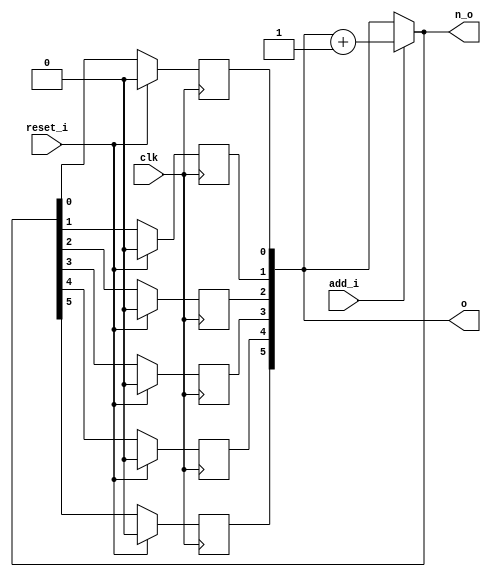
module bsg_circular_ptr_slots_p64_max_add_p1
(
  clk,
  reset_i,
  add_i,
  o,
  n_o
);

  input [0:0] add_i;
  output [5:0] o;
  output [5:0] n_o;
  input clk;
  input reset_i;
  wire [5:0] o,n_o,genblk1_genblk1_ptr_r_p1;
  wire N0,N1,N2;
  reg o_5_sv2v_reg,o_4_sv2v_reg,o_3_sv2v_reg,o_2_sv2v_reg,o_1_sv2v_reg,o_0_sv2v_reg;
  assign o[5] = o_5_sv2v_reg;
  assign o[4] = o_4_sv2v_reg;
  assign o[3] = o_3_sv2v_reg;
  assign o[2] = o_2_sv2v_reg;
  assign o[1] = o_1_sv2v_reg;
  assign o[0] = o_0_sv2v_reg;

  always @(posedge clk) begin
    if(reset_i) begin
      o_5_sv2v_reg <= 1'b0;
    end else if(1'b1) begin
      o_5_sv2v_reg <= n_o[5];
    end 
  end


  always @(posedge clk) begin
    if(reset_i) begin
      o_4_sv2v_reg <= 1'b0;
    end else if(1'b1) begin
      o_4_sv2v_reg <= n_o[4];
    end 
  end


  always @(posedge clk) begin
    if(reset_i) begin
      o_3_sv2v_reg <= 1'b0;
    end else if(1'b1) begin
      o_3_sv2v_reg <= n_o[3];
    end 
  end


  always @(posedge clk) begin
    if(reset_i) begin
      o_2_sv2v_reg <= 1'b0;
    end else if(1'b1) begin
      o_2_sv2v_reg <= n_o[2];
    end 
  end


  always @(posedge clk) begin
    if(reset_i) begin
      o_1_sv2v_reg <= 1'b0;
    end else if(1'b1) begin
      o_1_sv2v_reg <= n_o[1];
    end 
  end


  always @(posedge clk) begin
    if(reset_i) begin
      o_0_sv2v_reg <= 1'b0;
    end else if(1'b1) begin
      o_0_sv2v_reg <= n_o[0];
    end 
  end

  assign genblk1_genblk1_ptr_r_p1 = o + 1'b1;
  assign n_o = (N0)? genblk1_genblk1_ptr_r_p1 : 
               (N1)? o : 1'b0;
  assign N0 = add_i[0];
  assign N1 = N2;
  assign N2 = ~add_i[0];

endmodule